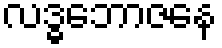
လဒ္ဓဘောဇနေ